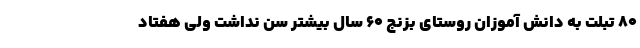
80 تبلت به دانش ‌آموزان روستای بزنج ۶۰ سال بیشتر سن نداشت ولی هفتاد